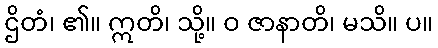
ဌိတံ၊ ၏။ ဣတိ၊ သို့။ ဝ ဇာနာတိ၊ မသိ။ ပ။